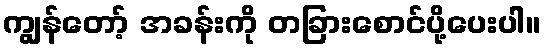
ကျွန်တော့် အခန်းကို တခြားစောင်ပို့ပေးပါ။